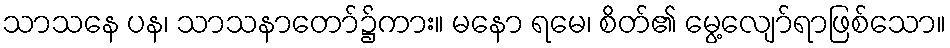
သာသနေ ပန၊ သာသနာတော်၌ကား။ မနော ရမေ၊ စိတ်၏ မွေ့လျော်ရာဖြစ်သော။